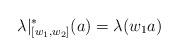
LaTeX: \begin{align*}\lambda|^*_{[w_1,w_2]}(a)= \lambda(w_1a)\end{align*}